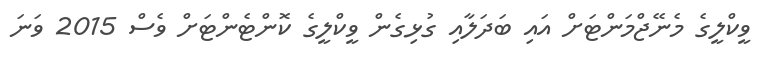
ވީކްލީގެ މެނޭޖްމަންޓަށް އައި ބަދަލާއި ގުޅިގެން ވީކްލީގެ ކޮންޓެންޓަށް ވެސް 2015 ވަނަ